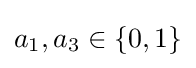
\textstyle a_{1},a_{3}\in \{0,1\}